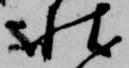
状